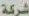
شركة